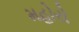
મહોરો